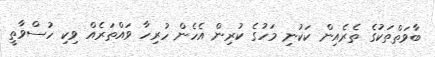
ބާވަތްތަކުގެ ތެރެއިން ކަކުނި މަހުގެ ކުރިން އެހެން ހުރިހާ ވައްތަރެއް ވިކި ހުސްވާތީ